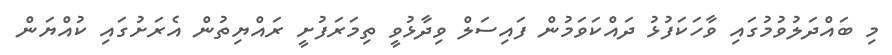
މި ބައްދަލުވުމުގައި ވާހަކަފުޅު ދައްކަވަމުން ފައިސަލް ވިދާޅުވީ ތިމަރަފުށީ ރައްޔިތުން އެރަށުގައި ކުއްޔަން